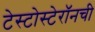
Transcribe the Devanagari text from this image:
टेस्टोस्टेरॉनची